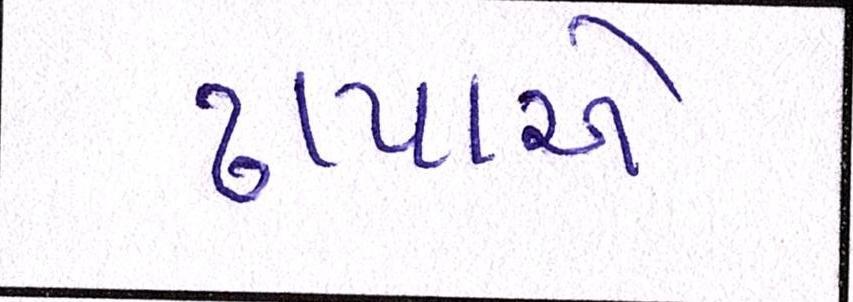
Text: ઢાપાએ